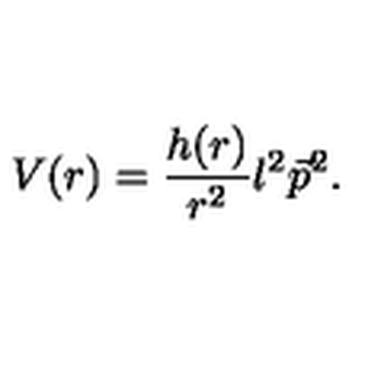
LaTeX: V ( r ) = \frac { h ( r ) } { r ^ { 2 } } l ^ { 2 } \vec { p } ^ { 2 } .